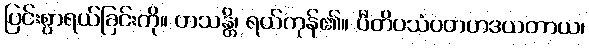
ပြင်းစွာရယ်ခြင်းကို။ ဟသန္တိ၊ ရယ်ကုန်၏။ ပီတိပသံဝတဟဒယတာယ၊